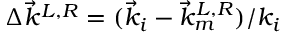
\Delta \Vec { k } ^ { L , R } = ( \Vec { k } _ { i } - \Vec { k } _ { m } ^ { L , R } ) / k _ { i }